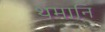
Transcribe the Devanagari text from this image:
थमानि